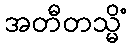
အတီတသ္မိံ